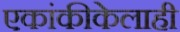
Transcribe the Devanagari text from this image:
एकांकीकेलाही